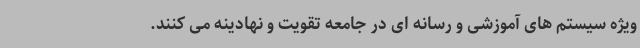
ویژه سیستم های آموزشی و رسانه ای در جامعه تقویت و نهادینه می کنند.